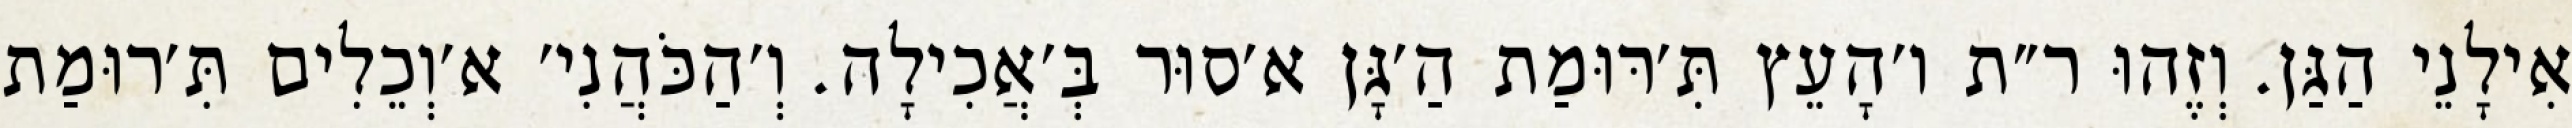
אִילָנֵי הַגַּן. וְזֶהוּ ר״ת ו׳הָעֵץ תִּ׳רּוּמַת הַ׳גָּן א׳סוּר בְּ׳אֲכִילָה. וְ׳הַכֹּהֲנִי׳ א׳וְכֵלִים תִּ׳רוּמַת